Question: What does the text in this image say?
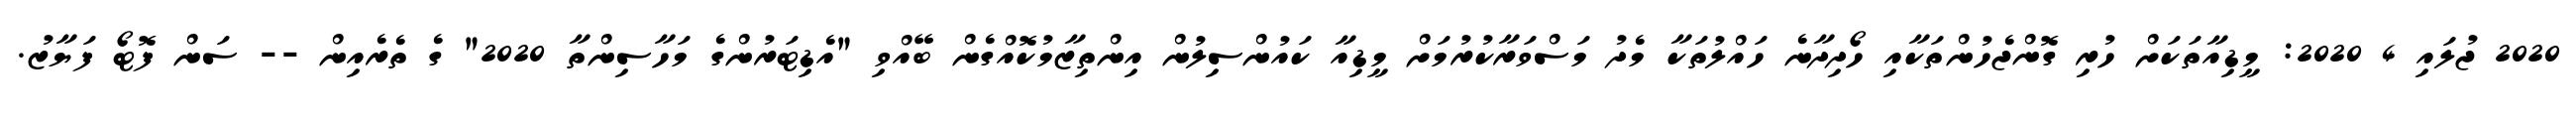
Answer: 2020 ޖުލައި 4 2020: މީޑިއާތަކަށް ހުރި ގޮންޖެހުންތަކާއި ހޯދިދާނެ ހައްލުތަކާ މެދު މަސްވަރާކުރުމަށް މީޑިއާ ކައުންސިލުން އިންތިޒާމުކޮއްގެން ބޭއްވި "އެޑިޓަރުންގެ މަހާސިންތާ 2020" ގެ ތެރެއިން -- ސަން ފޮޓޯ ފަޔާޒު.